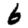
Digit: 6